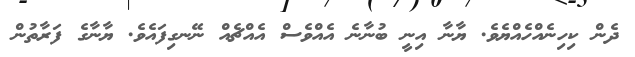
ދެން ކިހިނެއްހެއްޔެވެ. ޔާނާ އިނީ ބުނާނެ އެއްވެސް އެއްޗެއް ނޭނގިފައެވެ. ޔާނާގެ ފަރާތުން